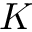
K